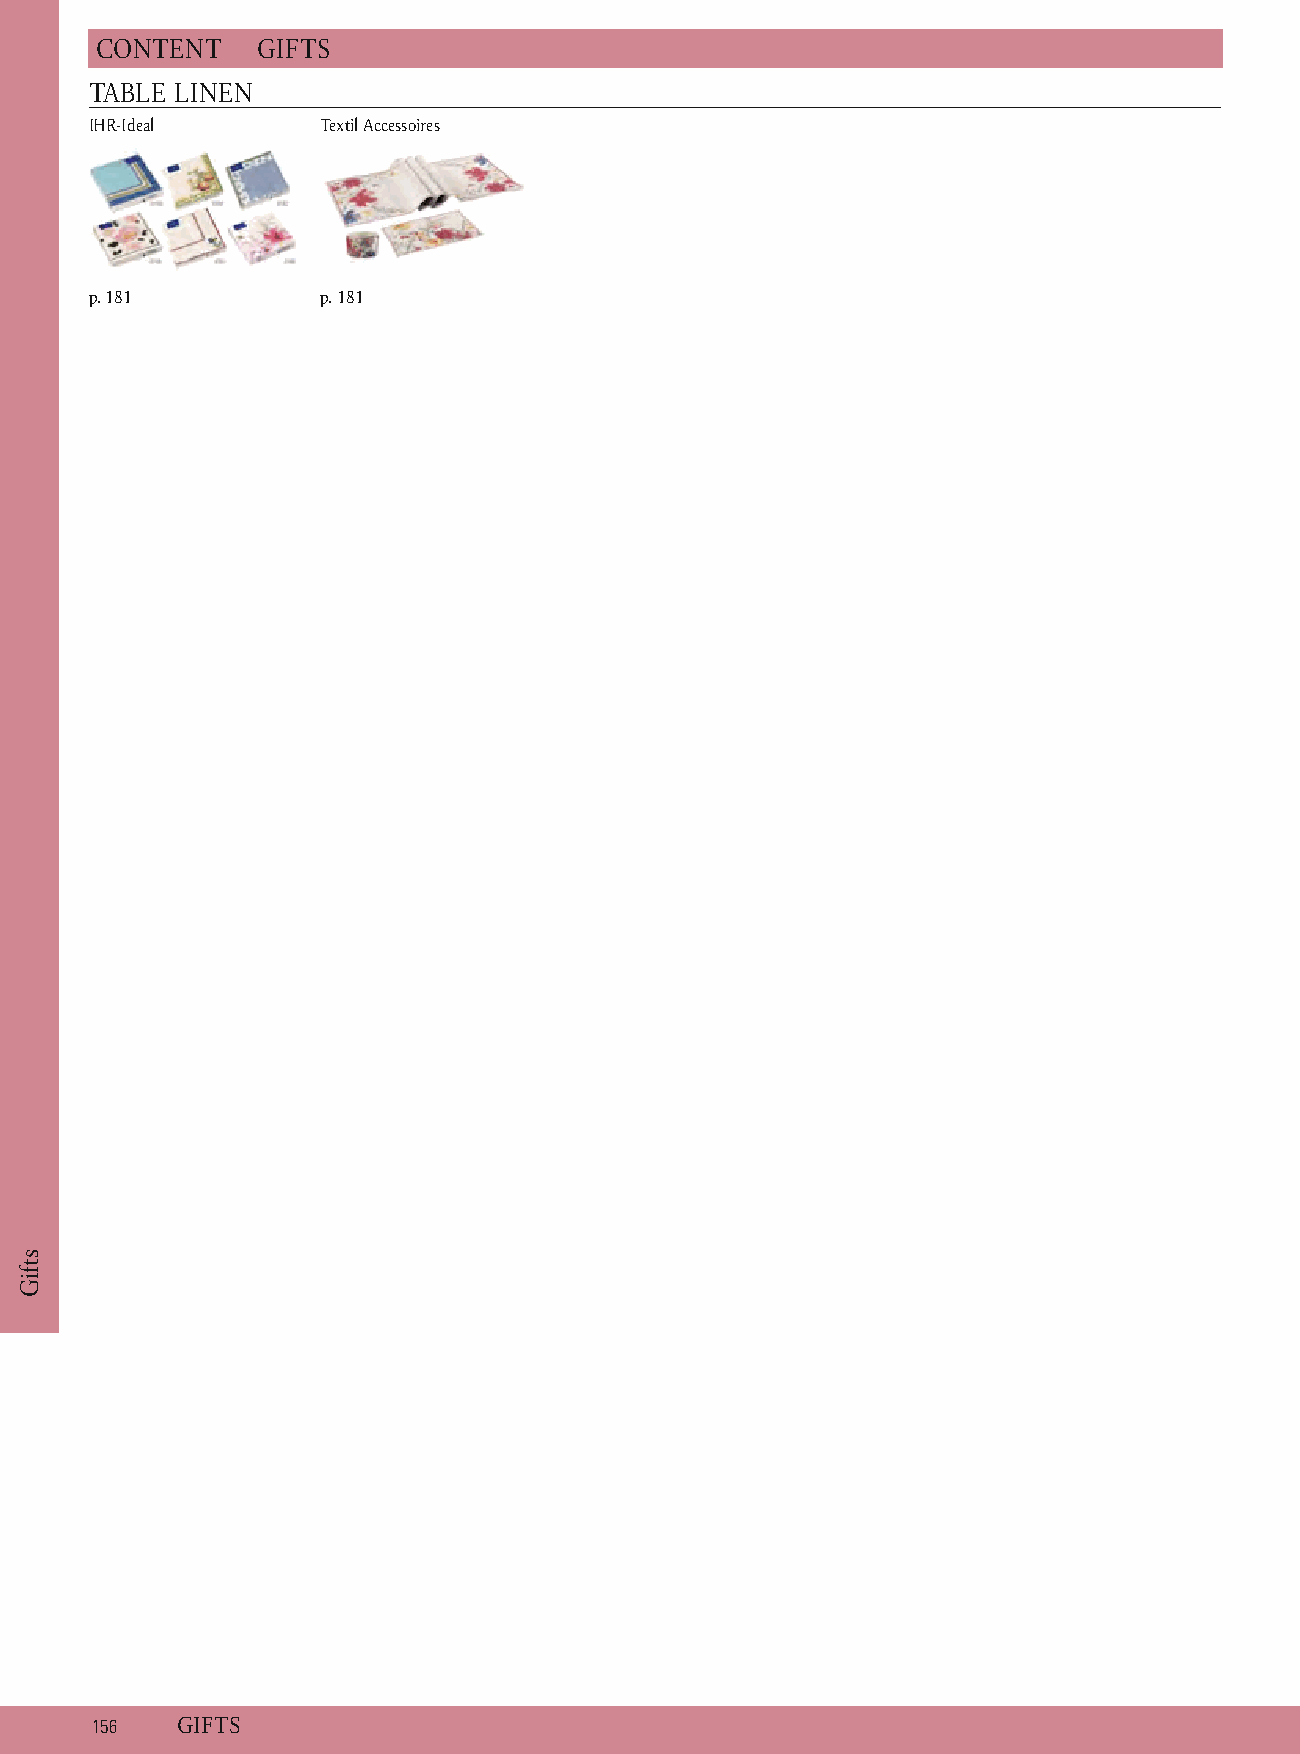
C ONTENT   G IFTS
 TABLE LINEN
 IHR-Ideal      T extil Accessoires
 p. 1 81        p . 181
 1 56  G IFTS
 stfiG